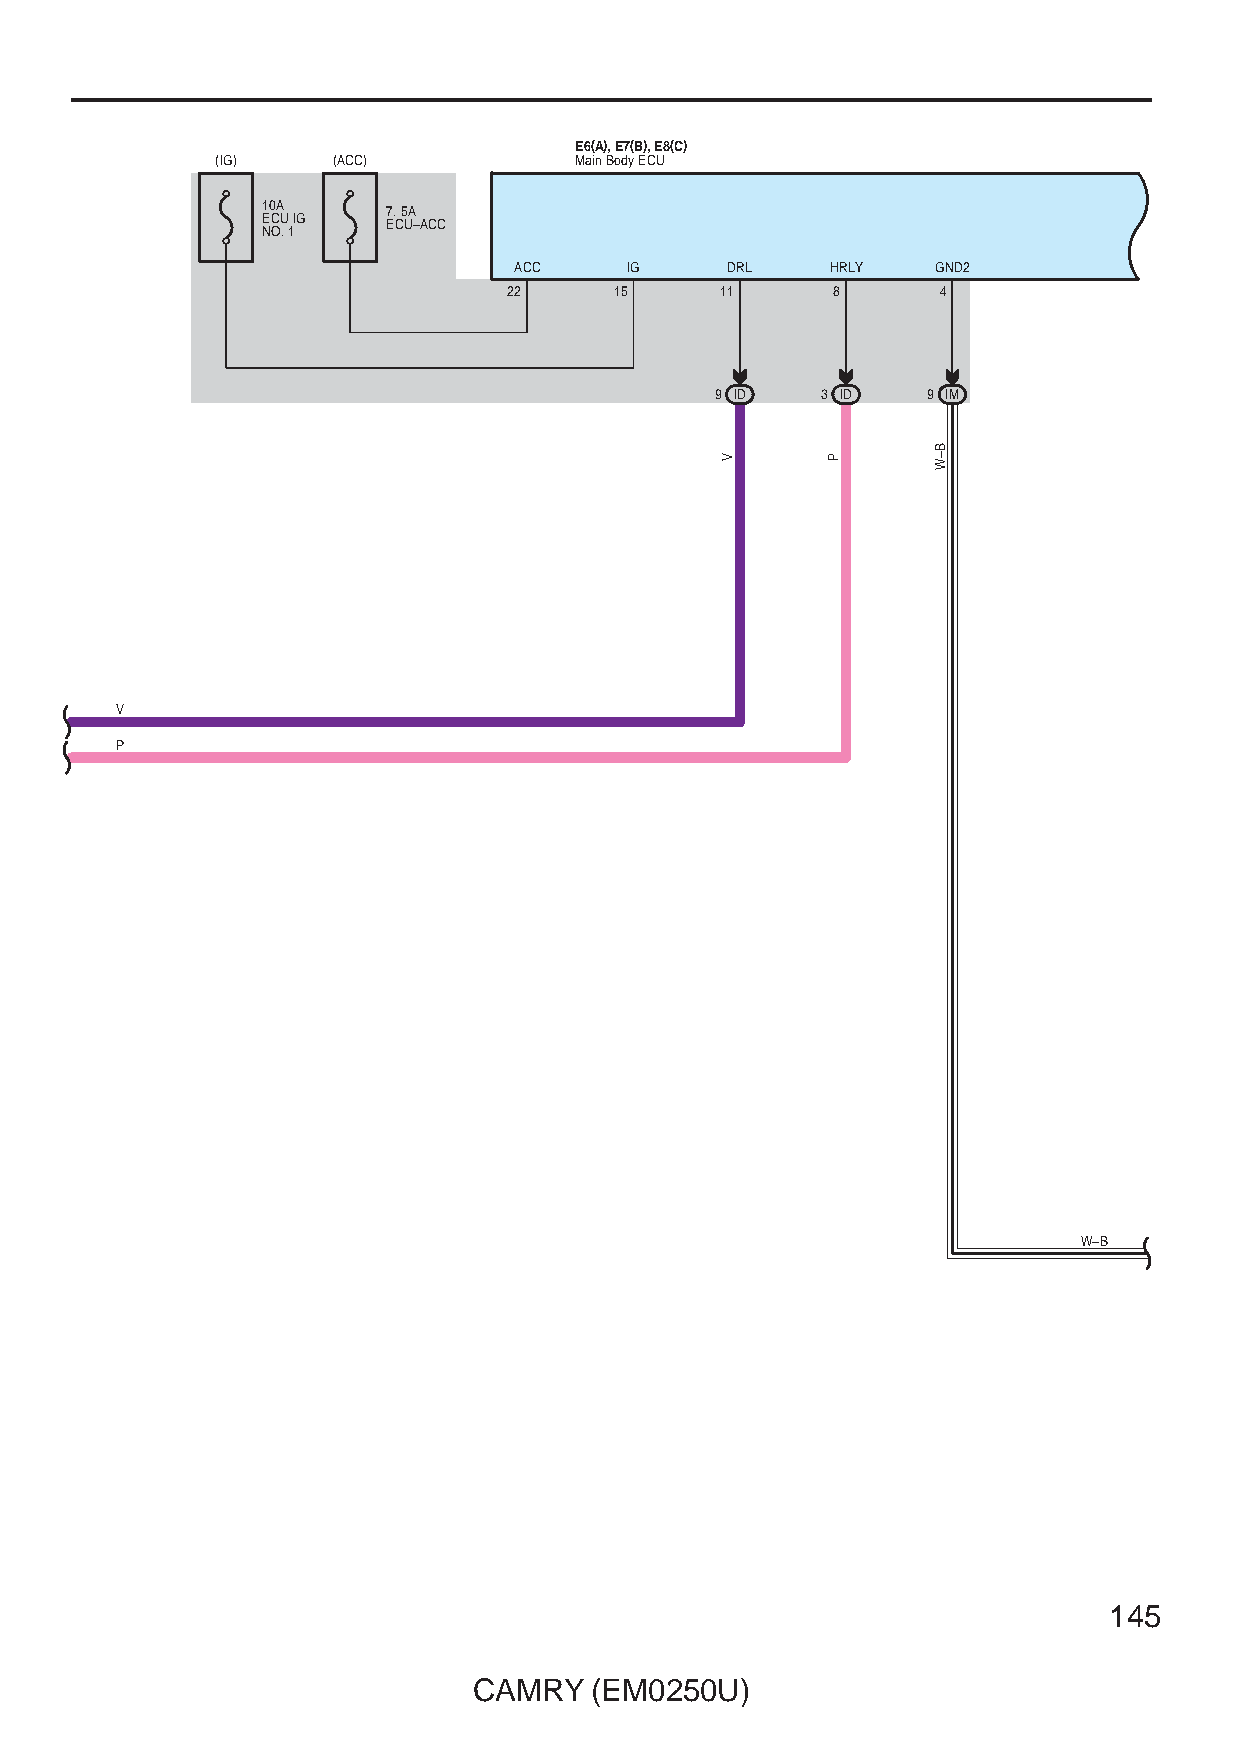
E6(A), E7(B), E8(C)
 (IG)    (ACC)           Main Body ECU
 10A      7. 5A
 ECU IG   ECU–ACC
 NO. 1
 ACC    IG     DRL    HRLY   GND2
 22     15     11     8      4
 9 ID   3 ID   9 IM
 V
 P
 W–B
 145
 CAMRY   (EM0250U)
 V      P
 B–W